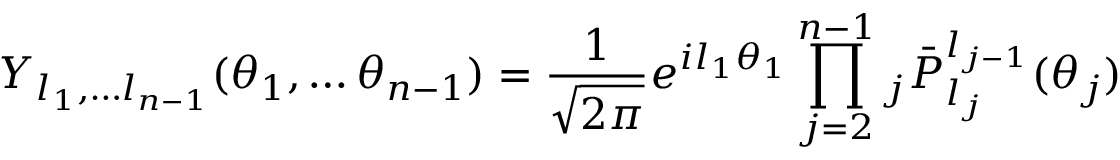
Y _ { l _ { 1 } , \dots l _ { n - 1 } } ( \theta _ { 1 } , \dots \theta _ { n - 1 } ) = { \frac { 1 } { \sqrt { 2 \pi } } } e ^ { i l _ { 1 } \theta _ { 1 } } \prod _ { j = 2 } ^ { n - 1 } { } _ { j } { \bar { P } } _ { l _ { j } } ^ { l _ { j - 1 } } ( \theta _ { j } )